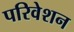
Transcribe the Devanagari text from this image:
परिवेशन